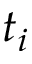
t _ { i }